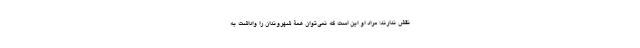
نقش ندارند: مراد او این است که نمی‌توان همۀ شهروندان را واداشت به